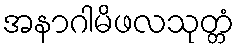
အနာဂါမိဖလသုတ္တံ